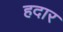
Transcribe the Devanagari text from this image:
हदार